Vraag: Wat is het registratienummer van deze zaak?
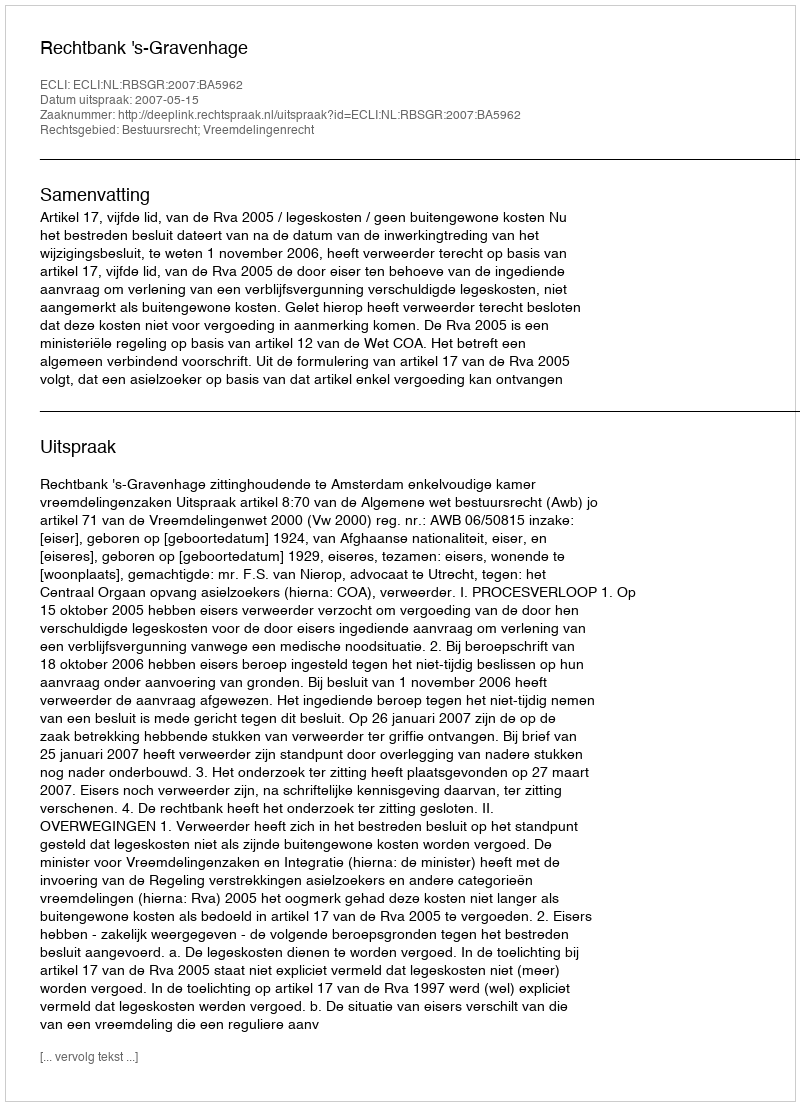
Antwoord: http://deeplink.rechtspraak.nl/uitspraak?id=ECLI:NL:RBSGR:2007:BA5962